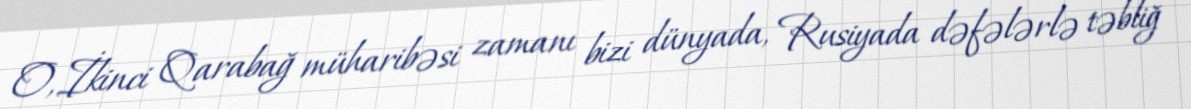
O, İkinci Qarabağ müharibəsi zamanı bizi dünyada, Rusiyada dəfələrlə təbliğ